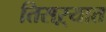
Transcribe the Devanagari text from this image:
तिसऱ्यात